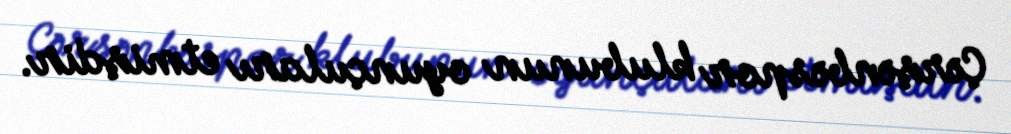
Çərşənbəspor klubunun oyunçuları etmişdir.